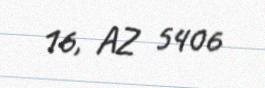
16, AZ 5406